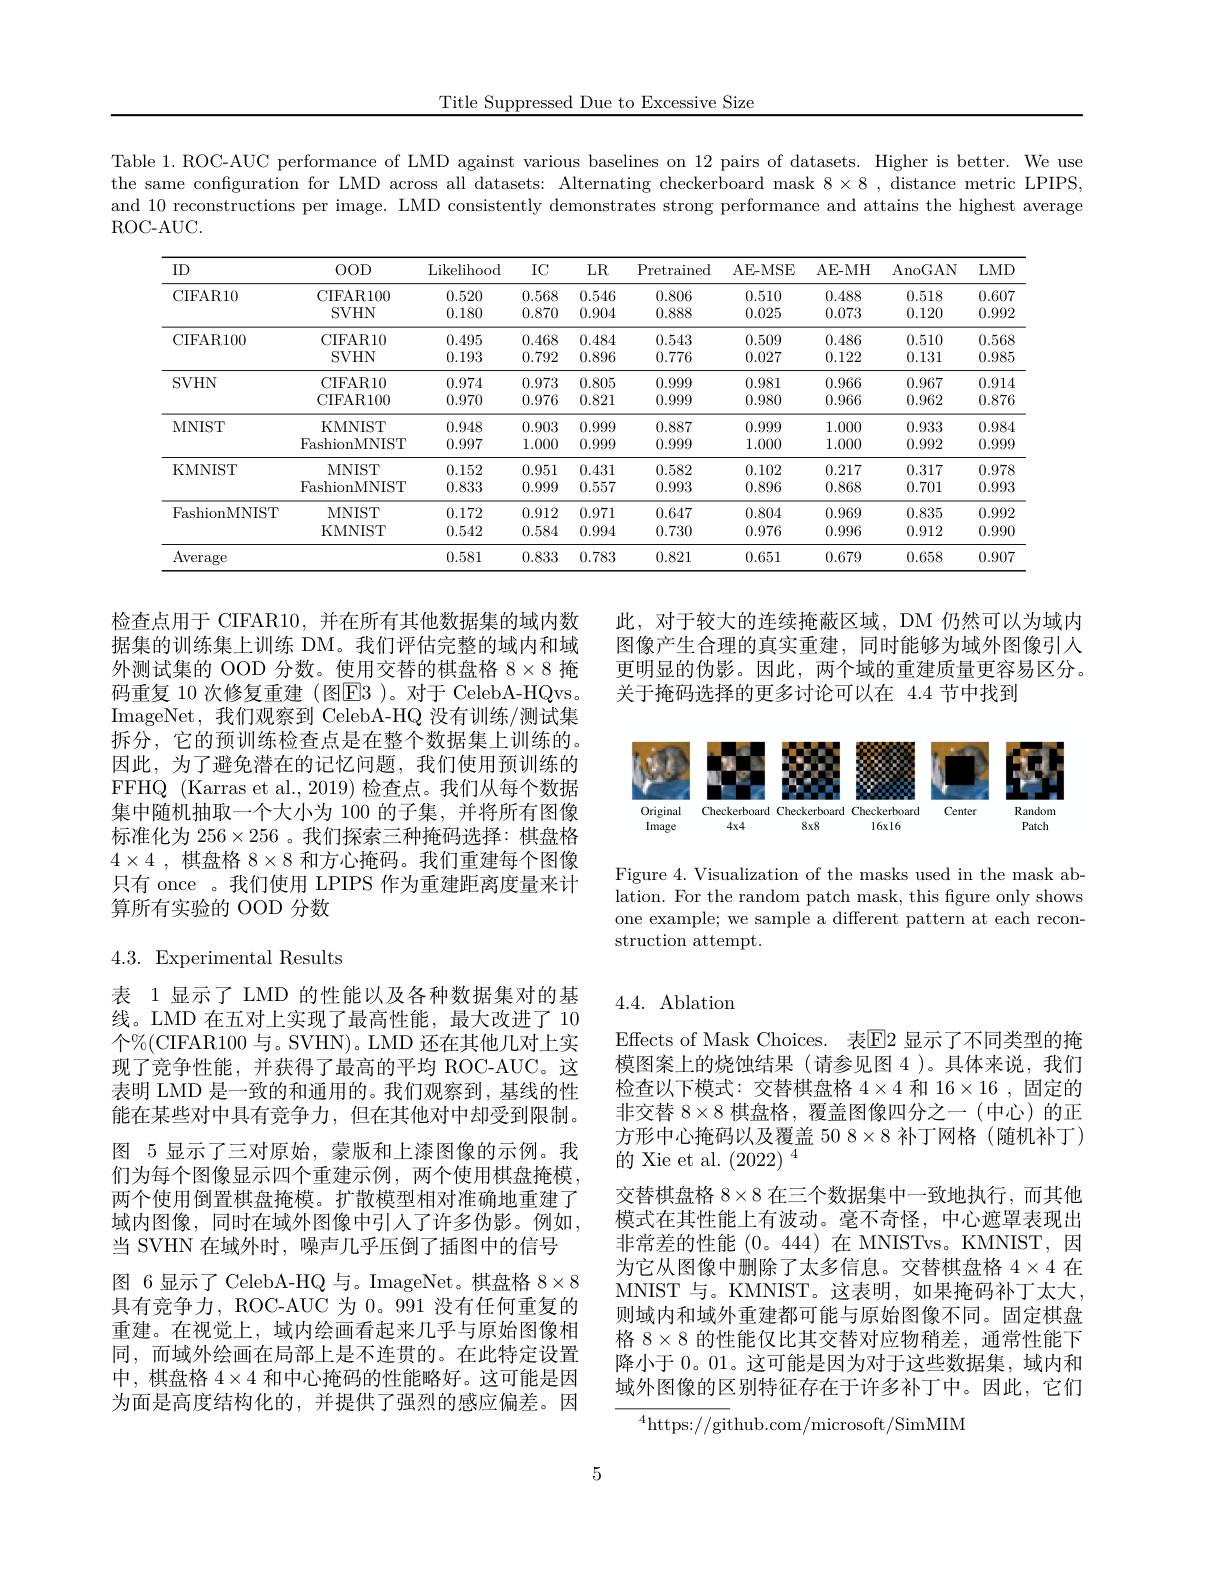
Title Suppressed Due to Excessive Size

Table 1. ROC-AUC performance of LMD against various baselines on 12 pairs of datasets. Higher is better. We use the same configuration for LMD across all datasets: Alternating checkerboard mask 8×8, distance metric LPIPS, and 10 reconstructions per image. LMD consistently demonstrates strong performance and attains the highest average ROC-AUC.

<table>
	<tbody>
		<tr>
			<th>ID</th>
			<th>$OOD$</th>
			<th>Likelihood</th>
			<th>$IC$</th>
			<th>$LR$</th>
			<th>Pretrained</th>
			<th>AE- MSE</th>
			<th>AE- MH</th>
			<th>$\operatorname{AnoGAN}$</th>
			<th>$LMD$</th>
		</tr>
		<tr>
			<td>CIFAR10</td>
			<td>CIFAR100 SVHN</td>
			<td>0.520 0.180</td>
			<td>0.568 0.870</td>
			<td>0.546 0.904</td>
			<td>0.806 0.888</td>
			<td>0.510 0.025</td>
			<td>0.488 0.073</td>
			<td>0.518 0.120</td>
			<td>0.607 0.992</td>
		</tr>
		<tr>
			<td rowspan="2">CIFAR100</td>
			<td>CIFAR10</td>
			<td>0.495</td>
			<td>0.468</td>
			<td>0.484</td>
			<td>0.543</td>
			<td>0.509</td>
			<td>0.486</td>
			<td>0.510</td>
			<td>0.568</td>
		</tr>
		<tr>
			<td>$SVHN$</td>
			<td>0.193</td>
			<td>0.792</td>
			<td>0.896</td>
			<td>0.776</td>
			<td>0.027</td>
			<td>0.122</td>
			<td>0.131</td>
			<td>0.985</td>
		</tr>
		<tr>
			<td rowspan="3">SVHN</td>
			<td>CIFAR10</td>
			<td>0.974</td>
			<td>0.973</td>
			<td>0.805</td>
			<td>0.999</td>
			<td>0.981</td>
			<td>0.966</td>
			<td>0.967</td>
			<td>0.914</td>
		</tr>
		<tr>
			<td>CIFAR10 CIFAR100</td>
			<td>0.974 0.970</td>
			<td>0.973 0.976</td>
			<td>0.805 0.821</td>
			<td>0.999 0.999</td>
			<td>0.981 0.980</td>
			<td>0.966 0.966</td>
			<td>0.967 0.962</td>
			<td>0.914 0.876</td>
		</tr>
		<tr>
			<td>CIFAR100</td>
			<td>0.970</td>
			<td>0.976</td>
			<td>0.821</td>
			<td>0.999</td>
			<td>0.980</td>
			<td>0.966</td>
			<td>0.962</td>
			<td>0.876</td>
		</tr>
		<tr>
			<td rowspan="2">MNIST</td>
			<td>KMNIST</td>
			<td>0.948</td>
			<td>203</td>
			<td> </td>
			<td>0.887</td>
			<td>0.990</td>
			<td>11 100</td>
			<td>0.933</td>
			<td> </td>
		</tr>
		<tr>
			<td>FashionMNIST</td>
			<td>0.997</td>
			<td>1.000</td>
			<td>0.999</td>
			<td>0.999</td>
			<td>1.000</td>
			<td>1.000</td>
			<td>0.992</td>
			<td>0.999</td>
		</tr>
		<tr>
			<td rowspan="3">KMNIST</td>
			<td>MNIST</td>
			<td>0.152</td>
			<td>0.951</td>
			<td>0.431</td>
			<td>0.582</td>
			<td>0.102</td>
			<td>0.217</td>
			<td>0.317</td>
			<td>0.978</td>
		</tr>
		<tr>
			<td>MNIST FashionMNIST</td>
			<td>0.152 0.833</td>
			<td>0.951 0.999</td>
			<td>0.431 0.557</td>
			<td>0.582 0.993</td>
			<td>0.102 0.896</td>
			<td>0.217 0.868</td>
			<td>0.317 0.701</td>
			<td>0.978 0.993</td>
		</tr>
		<tr>
			<td>FashionMNIST</td>
			<td>0.833</td>
			<td>0.999</td>
			<td>0.557</td>
			<td>0.993</td>
			<td>0.896</td>
			<td>0.868</td>
			<td>0.701</td>
			<td>0.993</td>
		</tr>
		<tr>
			<td rowspan="2">FashionMNIST</td>
			<td>MNIST</td>
			<td>0.172</td>
			<td>0.912</td>
			<td>0.971</td>
			<td>0.647</td>
			<td>0.804</td>
			<td>0.969</td>
			<td>0.835</td>
			<td>0.992</td>
		</tr>
		<tr>
			<td>KMNIST</td>
			<td>0.542</td>
			<td>0.584</td>
			<td>0.994</td>
			<td>0.730</td>
			<td>0.976</td>
			<td>0.996</td>
			<td>0.912</td>
			<td>0.990.</td>
		</tr>
		<tr>
			<td>Average</td>
			<td> </td>
			<td>0.581</td>
			<td>0.833</td>
			<td>0.783</td>
			<td>0.821</td>
			<td>0.651</td>
			<td>0.679</td>
			<td>0.658</td>
			<td>0.907</td>
		</tr>
	</tbody>
</table>

此，对于较大的连续掩蔽区域，DM 仍然可以为域内图像产生合理的真实重建，同时能够为域外图像引人更明显的伪影。因此，两个域的重建质量更容易区分。关于掩码选择的更多讨论可以在 4.4 节中找到

检查点用于 CIFAR10, 并在所有其他数据集的域内数据集的训练集上训练 DM。我们评估完整的域内和域外测试集的 OOD 分数。使用交替的棋盘格$8\times8$掩码重复 10 次修复重建 (图E3 )。对于 CelebA-HQvs。ImageNet, 我们观察到 CelebA-HQ 没有训练/测试集拆分，它的预训练检查点是在整个数据集上训练的。因此，为了避免潜在的记忆问题，我们使用预训练的FFHQ (Karras et al., 2019) 检查点。我们从每个数据集中随机抽取一个大小为 100 的子集，并将所有图像标准化为 256$\times256$ 。我们探索三种掩码选择：棋盘格$4\times4$ ,棋盘格$8\times8$和方心掩码。我们重建每个图像只有 once 。我们使用 LPIPS 作为重建距离度量来计算所有实验的 OOD 分数

<FigureHere>

Figure 4. Visualization of the masks used in the mask ablation. For the random patch mask, this figure only shows one example; we sample a different pattern at each reconstruction attempt.

## 4.3. Experimental Results

# 4.4. Ablation

表 1显示了 LMD 的性能以及各种数据集对的基线。LMD 在五对上实现了最高性能，最大改进了 10个$\%($CIFAR100 与。SVHN)。LMD 还在其他几对上实现了竞争性能，并获得了最高的平均 ROC-AUC。这表明 LMD 是一致的和通用的。我们观察到，基线的性能在某些对中具有竞争力，但在其他对中却受到限制。图 5 显示了三对原始，蒙版和上漆图像的示例。我们为每个图像显示四个重建示例，两个使用棋盘掩模两个使用倒置棋盘掩模。扩散模型相对准确地重建了域内图像，同时在域外图像中引入了许多伪影。例如， 当 SVHN 在域外时，噪声几乎压倒了插图中的信号
图 6 显示了 CelebA-HQ 与。ImageNet。棋盘格$8\times8$ 具有竞争力，ROC-AUC 为 0。991 没有任何重复的重建。在视觉上，域内绘画看起来几乎与原始图像相同，而域外绘画在局部上是不连贯的。在此特定设置中，棋盘格$4\times4$和中心掩码的性能略好。这可能是因为面是高度结构化的，并提供了强烈的感应偏差。因

Effects of Mask Choices. 表$\mathbb{E}$2 显示了不同类型的掩模图案上的烧蚀结果(请参见图 4)。具体来说，我们检查以下模式：交替棋盘格$4\times4$和$16\times16$,固定的非交替$8\times8$棋盘格，覆盖图像四分之一(中心)的正方形中心掩码以及覆盖 50 8$\times8$补丁网格(随机补丁) 的 Xie et al. $(2022)^{4}$
交替棋盘格 8×8 在三个数据集中一致地执行，而其他模式在其性能上有波动。毫不奇怪，中心遮罩表现出非常差的性能(0。444)在 MNISTvs。KMNIST,因为它从图像中删除了太多信息。交替棋盘格$4\times4$在MNIST 与。KMNIST。这表明，如果掩码补丁太大， 则域内和域外重建都可能与原始图像不同。固定棋盘格$8\times8$的性能仅比其交替对应物稍差，通常性能下降小于0。01。这可能是因为对于这些数据集，域内和域外图像的区别特征存在于许多补丁中。因此，它们

$^{4}$https://github.com/microsoft/SimMIM

5